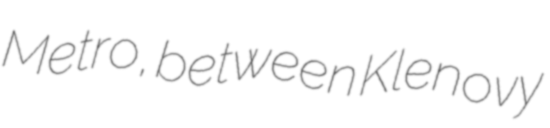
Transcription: Metro, between Klenovy